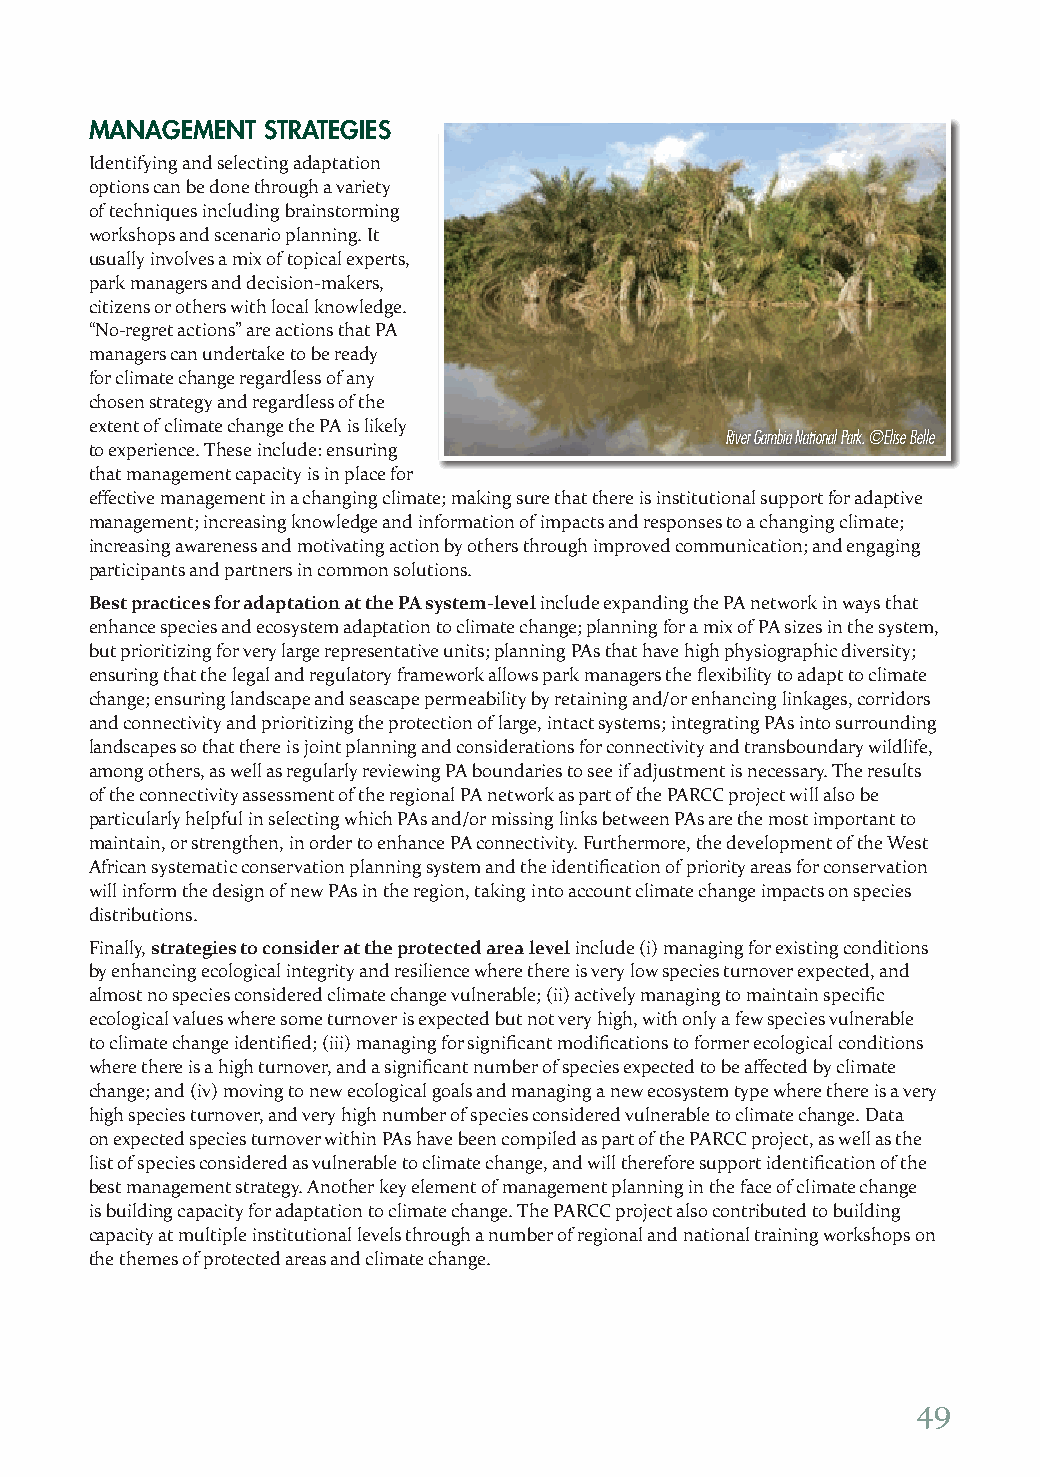
MANAGEMENT STRATEGIES
 Identifying and selecting adaptation
 options can be done through a variety
 of techniques including brainstorming
 workshops and scenario planning. It
 usually involves a mix of topical experts,
 park managers and decision-makers,
 citizens or others with local knowledge.
 “No-regret actions” are actions that PA
 managers can undertake to be ready
 for climate change regardless of any
 chosen strategy and regardless of the
 extent of climate change the PA is likely
 River Gambia National Park. ©Elise Belle
 to experience. These include: ensuring
 that management capacity is in place for
 effective management in a changing climate; making sure that there is institutional support for adaptive
 management; increasing knowledge and information of impacts and responses to a changing climate;
 increasing awareness and motivating action by others through improved communication; and engaging
 participants and partners in common solutions.
 Best practices for adaptation at the PA system-level include expanding the PA network in ways that
 enhance species and ecosystem adaptation to climate change; planning for a mix of PA sizes in the system,
 but prioritizing for very large representative units; planning PAs that have high physiographic diversity;
 ensuring that the legal and regulatory framework allows park managers the flexibility to adapt to climate
 change; ensuring landscape and seascape permeability by retaining and/or enhancing linkages, corridors
 and connectivity and prioritizing the protection of large, intact systems; integrating PAs into surrounding
 landscapes so that there is joint planning and considerations for connectivity and transboundary wildlife,
 among others, as well as regularly reviewing PA boundaries to see if adjustment is necessary. The results
 of the connectivity assessment of the regional PA network as part of the PARCC project will also be
 particularly helpful in selecting which PAs and/or missing links between PAs are the most important to
 maintain, or strengthen, in order to enhance PA connectivity. Furthermore, the development of the West
 African systematic conservation planning system and the identification of priority areas for conservation
 will inform the design of new PAs in the region, taking into account climate change impacts on species
 distributions.
 Finally, strategies to consider at the protected area level include (i) managing for existing conditions
 by enhancing ecological integrity and resilience where there is very low species turnover expected, and
 almost no species considered climate change vulnerable; (ii) actively managing to maintain specific
 ecological values where some turnover is expected but not very high, with only a few species vulnerable
 to climate change identified; (iii) managing for significant modifications to former ecological conditions
 where there is a high turnover, and a significant number of species expected to be affected by climate
 change; and (iv) moving to new ecological goals and managing a new ecosystem type where there is a very
 high species turnover, and very high number of species considered vulnerable to climate change. Data
 on expected species turnover within PAs have been compiled as part of the PARCC project, as well as the
 list of species considered as vulnerable to climate change, and will therefore support identification of the
 best management strategy. Another key element of management planning in the face of climate change
 is building capacity for adaptation to climate change. The PARCC project also contributed to building
 capacity at multiple institutional levels through a number of regional and national training workshops on
 the themes of protected areas and climate change.
 49